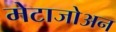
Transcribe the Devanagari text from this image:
मेटाजोअन